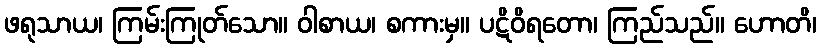
ဖရုသာယ၊ ကြမ်းကြုတ်သော။ ဝါစာယ၊ စကားမှ။ ပဋိဝိရတော၊ ကြည်သည်။ ဟောတိ၊